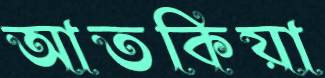
আতকিয়া